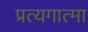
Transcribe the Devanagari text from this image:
प्रत्यगात्मा